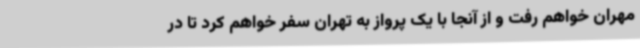
مهران خواهم رفت و از آنجا با یک پرواز به تهران سفر خواهم کرد تا در